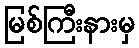
မြစ်ကြီးနားမှ